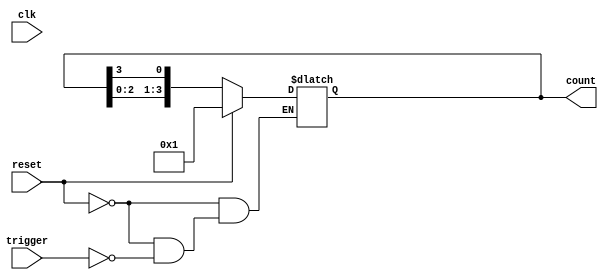
module async_ring_counter (
    input wire clk,           // Clock signal (not used in this asynchronous design)
    input wire reset,         // Asynchronous reset signal
    input wire trigger,       // Input trigger for state transition
    output reg [N-1:0] count  // Output count (ring counter state)
);
    parameter N = 4; // Number of flip-flops (ring counter size)

    // Initial state for the counter
    initial begin
        count = 4'b0001; // Initialize the counter to 0001
    end

    // Asynchronous reset and state transition logic
    always @(*) begin
        if (reset) begin
            count = 4'b0001; // Reset the counter to 0001
        end else if (trigger) begin
            // Shift the '1' through the counter
            count = {count[N-2:0], count[N-1]}; // Circular shift
        end
    end
endmodule